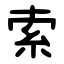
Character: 索